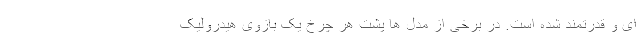
ای و قدرتمند شده است. در برخی از مدل ها پشت هر چرخ یک بازوی هیدرولیک